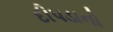
દીપડાનો